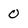
Character: 0